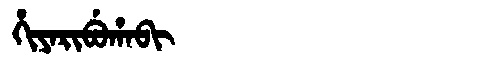
Manchu: ᡥᡳᠶᠠᡵᡳᠪᡠᡥᠠᠪᡳ
Romanization: HIYARIBUHABI